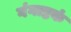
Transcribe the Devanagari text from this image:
गंगाष्टकं